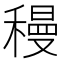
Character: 䅼